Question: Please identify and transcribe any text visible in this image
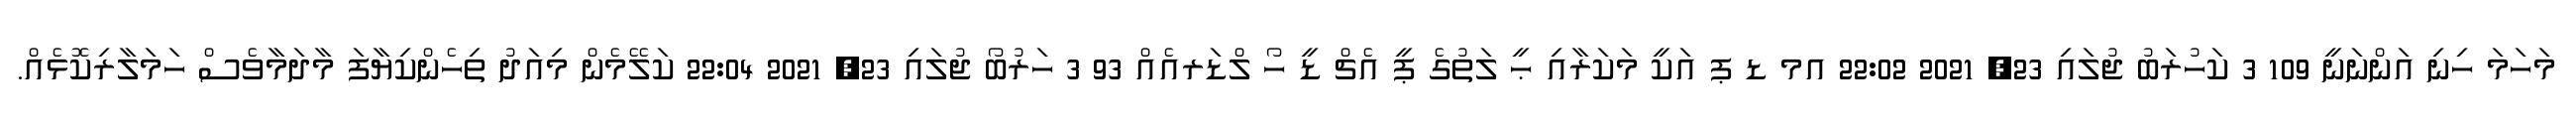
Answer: މަހަމަ ހިނި އަންނަނީ 109 3 ކަހުރަބު ޖުލައި 23, 2021 22:02 އމ ޑ ޕ އަކީ މަކަރާއި ޙީ ލަތުގެ ޕީ އެޗް ޑީ ހޯ ލްޑަރއެއް 93 3 ހަރުބޯ ޖުލައި 23, 2021 22:04 ކަލޭމެން މިއަދު ތިހެންކިޔާފަ މާދަމާވެސް ހަމަލާރިކޮޅެއް.